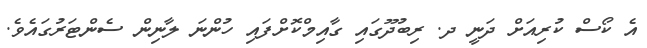
އެ ކޯސް ކުރިއަށް ދަނީ ދ. ރިބުދޫގައި ގާއިމްކޮށްފައި ހުންނަ ލާނިން ސެންޓަރުގައެވެ.